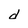
Character: d